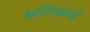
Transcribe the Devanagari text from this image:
कनिष्कने